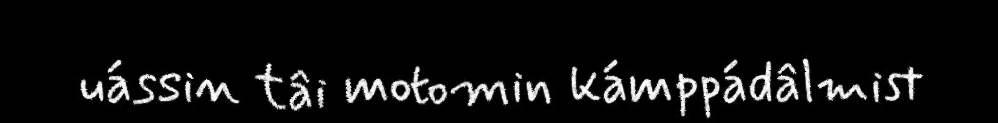
uássin tâi motomin kámppádâlmist